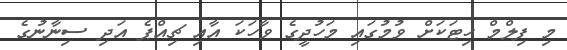
މި ފިލްމް ހިޓަކަށް ވުމުގައި މަހުދީގެ ވާހަކަ އާއި ޗިއްޕެ އަދި ސިނާނުގެ